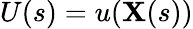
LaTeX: U(s)=u(\mathbf{X}(s))